Annual statistical returns and brief notes on vaccination in Bengal - 1909-1929
Year: 1909
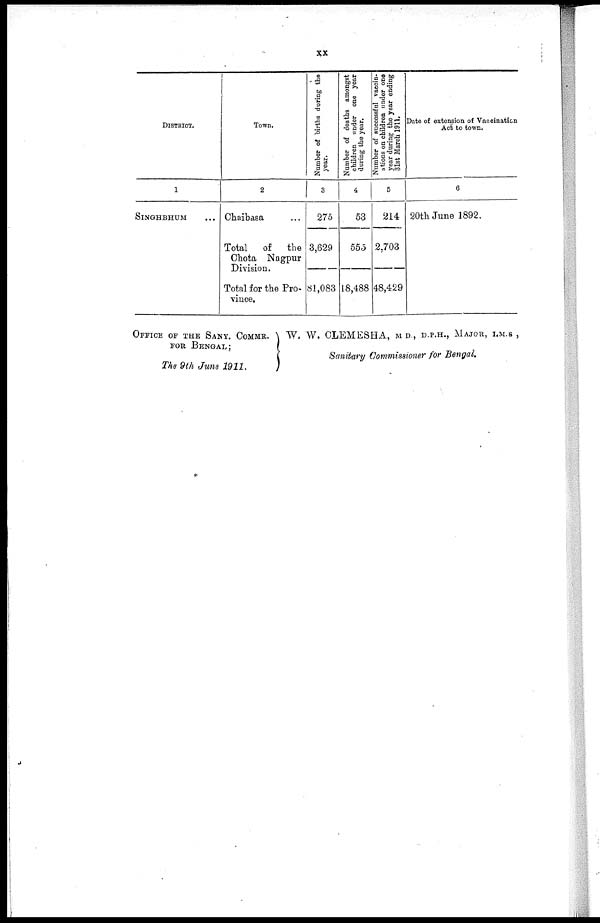
xx
DISTRICT.
1
SINGHBHUM
Town.
2
Chaibasa ...
Total of
the
Chota Nagpur
Division.
Total for the Pro-
vince.
Number of births during the
year.
3
275
3,629
81,083
Number of deaths amongst
children under one year
during the year.
4
53
555
18,488
Number of successful vaccin-
ations on children under one
year during the year ending
31st March 1911.
5
214
2,703
48,429
Date of extension of Vaccination
Act to town.
6
20th June 1892.
OFFICE OF THE SANY. COMMR.
FOR BENGAL;
The 9th June 1911.
W. W. CLEMESHA, M.D., D.P.H., MAJOR, I.M.S ,
Sanitary Commissioner for Bengal.